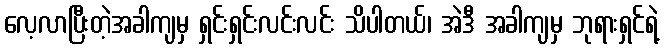
လေ့လာပြီးတဲ့အခါကျမှ ရှင်းရှင်းလင်းလင်း သိပါတယ်၊ အဲဒီ အခါကျမှ ဘုရားရှင်ရဲ့